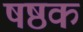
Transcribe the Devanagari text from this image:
षष्ठक